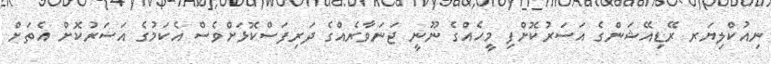
ނިއުކްލިޔަރ ރޭޑިއޭޝަންގެ އަސަރުކޮށްފި މީހެއްގެ ނޫނީ ޖަނަވާރެއްގެ ދަރިފަސްކޮޅަށްވެސް އެކަމުގެ އަސަރުކޮށް އެތަށް